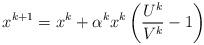
LaTeX: \begin{align*}x^{k+1}=x^{k}+\alpha^{k}x^{k}\left(\frac{U^{k}}{V^{k}}-1\right)\end{align*}